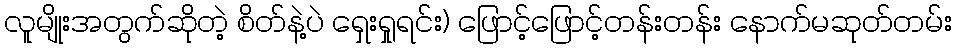
လူမျိုးအတွက်ဆိုတဲ့ စိတ်နဲ့ပဲ ရှေးရှုရင်း) ဖြောင့်ဖြောင့်တန်းတန်း နောက်မဆုတ်တမ်း